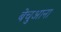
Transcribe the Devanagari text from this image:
बेचुआना